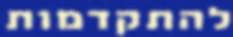
להתקדמות